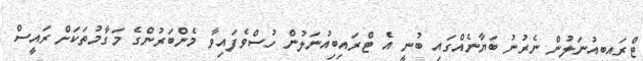
ޓްރައިބިއުނަލުން ނެރުނު ބަޔާނެއްގައި ބުނީ އެ ޓްރައިބިއުނަލުން ހުސްވެފައިވާ މެންބަރުންގެ މަގާމުތަކަށް ރައީސް